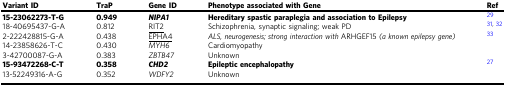
| Variant ID | TraP | Gene ID | Phenotype associated with Gene | Ref |
 | --- | --- | --- | --- | --- |
 | 15-23062273-T-G | 0.949 | NIPA1 | Hereditary spastic paraplegia and association to Epilepsy | 29 |
 | 18-40695437-G-A | 0.812 | <underline>RIT2</underline> | Schizophrenia, synaptic signaling; weak PD | 31, 32 |
 | 2-222428815-G-A | 0.438 | <underline>EPHA4</underline> | ALS, neurogenesis; strong interaction with ARHGEF15 (a known epilepsy gene) | 33 |
 | 14-23858626-T-C | 0.430 | MYH6 | Cardiomyopathy |  |
 | 3-42700087-G-A | 0.383 | ZBTB47 | Unknown |  |
 | 15-93472268-C-T | 0.358 | CHD2 | Epileptic encephalopathy | 27 |
 | 13-52249316-A-G | 0.352 | WDFY2 | Unknown |  |